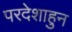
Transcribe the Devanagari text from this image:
परदेशाहुन